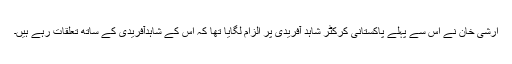
ارشی خان نے اس سے پہلے پاکستانی کرکٹر شاہد آفریدی پر الزام لگایا تھا کہ اس کے شاہدآفریدی کے ساتھ تعلقات رہے ہیں۔